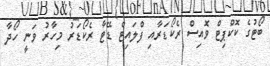
ބޯޓުގެ ކޮކްޕިޓް ވޮއިސް ރެކޯޑަރާއި ފްލައިޓް ޑޭޓާ ރެކޯޑަރު މިހާރު ވަނީ ހޯދާ